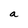
Character: a